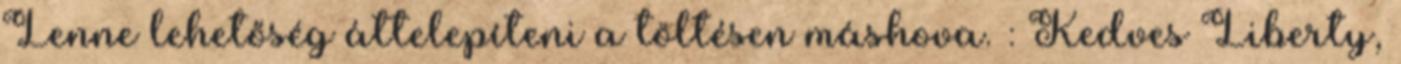
Lenne lehetőség áttelepíteni a töltésen máshova. : Kedves Liberty,